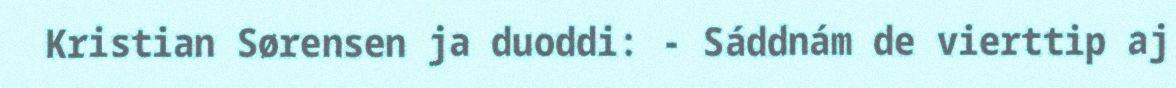
Kristian Sørensen ja duoddi: - Sáddnám de vierttip aj